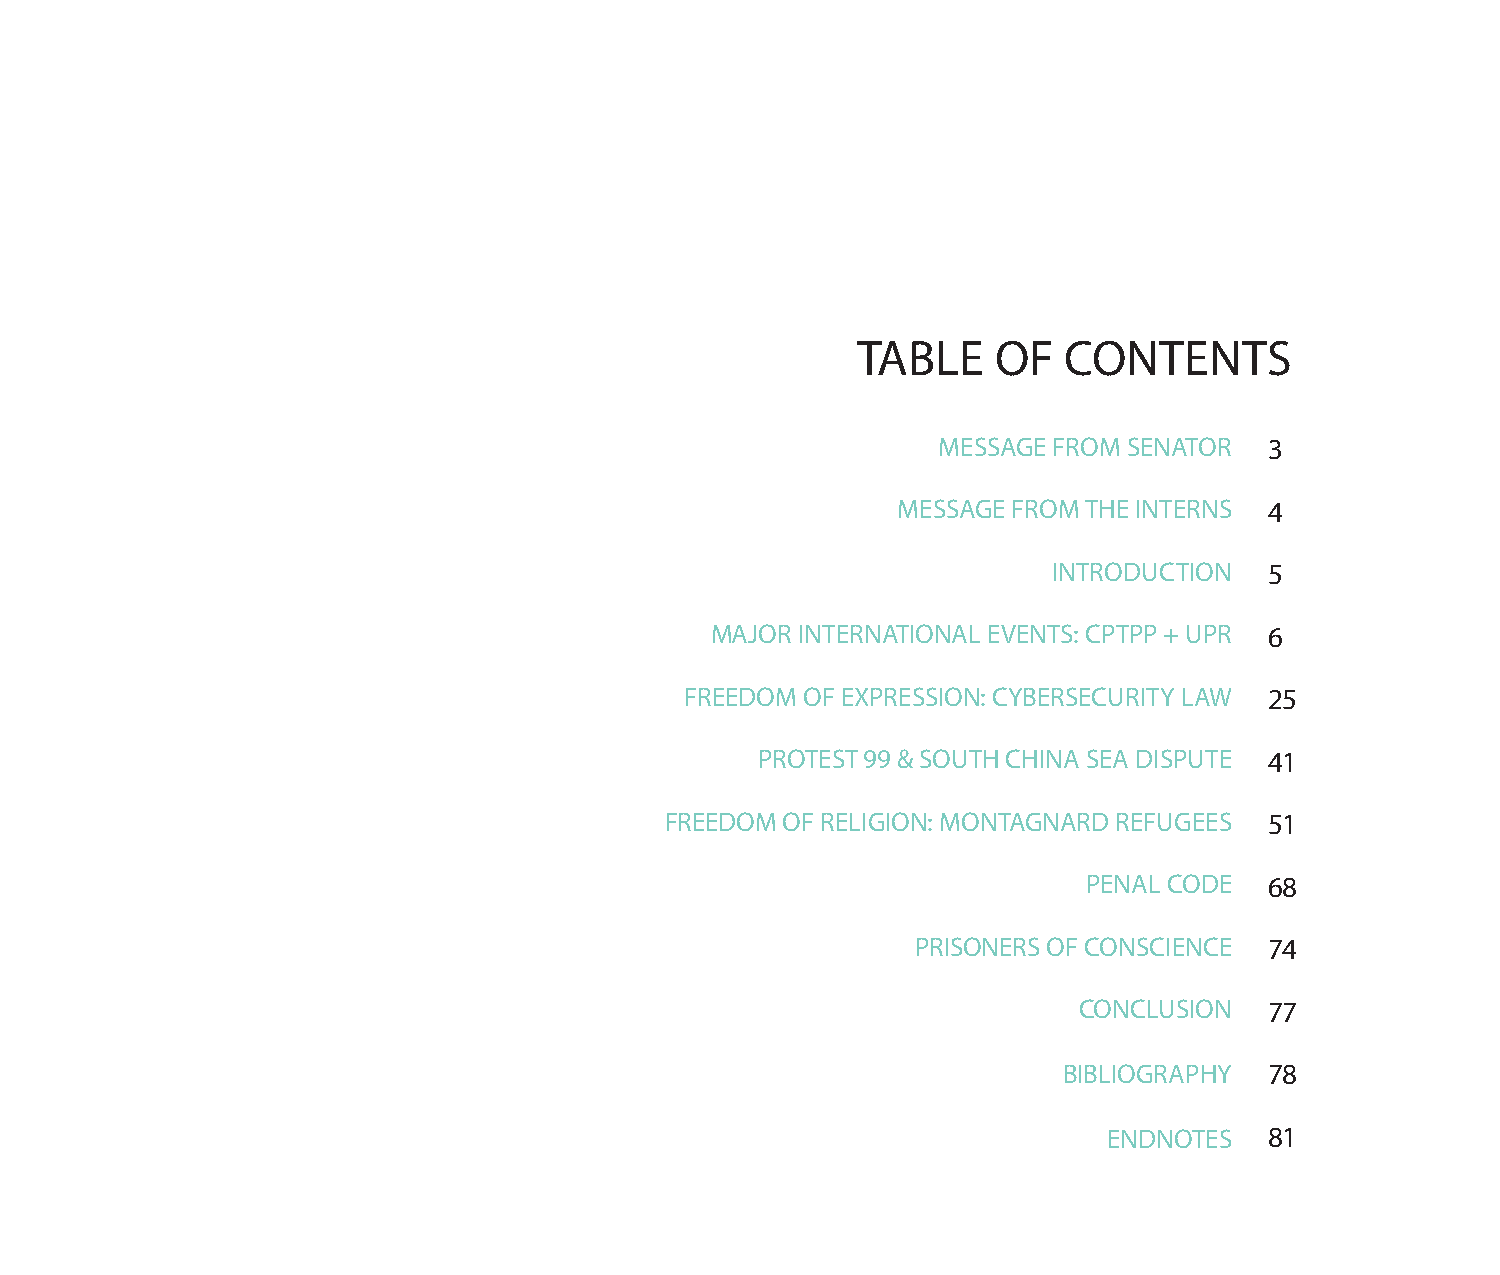
TABLE    OF  CONTENTS
 MESSAGE FROM SENATOR  3
 MESSAGE FROM THE INTERNS 4
 INTRODUCTION  5
 MAJOR INTERNATIONAL EVENTS: CPTPP + UPR 6
 FREEDOM OF EXPRESSION: CYBERSECURITY LAW 25
 PROTEST 99 & SOUTH CHINA SEA DISPUTE 41
 FREEDOM OF RELIGION: MONTAGNARD REFUGEES 51
 PENAL CODE  68
 PRISONERS OF CONSCIENCE 74
 CONCLUSION   77
 BIBLIOGRAPHY  78
 ENDNOTES   81